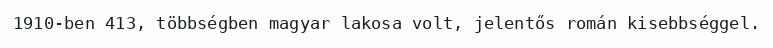
1910-ben 413, többségben magyar lakosa volt, jelentős román kisebbséggel.